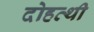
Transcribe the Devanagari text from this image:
दोहत्थी